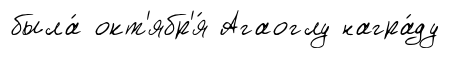
была́ окт'ябр'я́ Агаоглу награ́ду